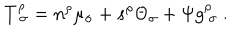
T _ { \ \sigma } ^ { \rho } = n ^ { \rho } \mu _ { \sigma } + s ^ { \rho } \Theta _ { \sigma } + \Psi g _ { \ \sigma } ^ { \rho } \ .